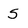
Character: S